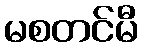
မစတင်မီ